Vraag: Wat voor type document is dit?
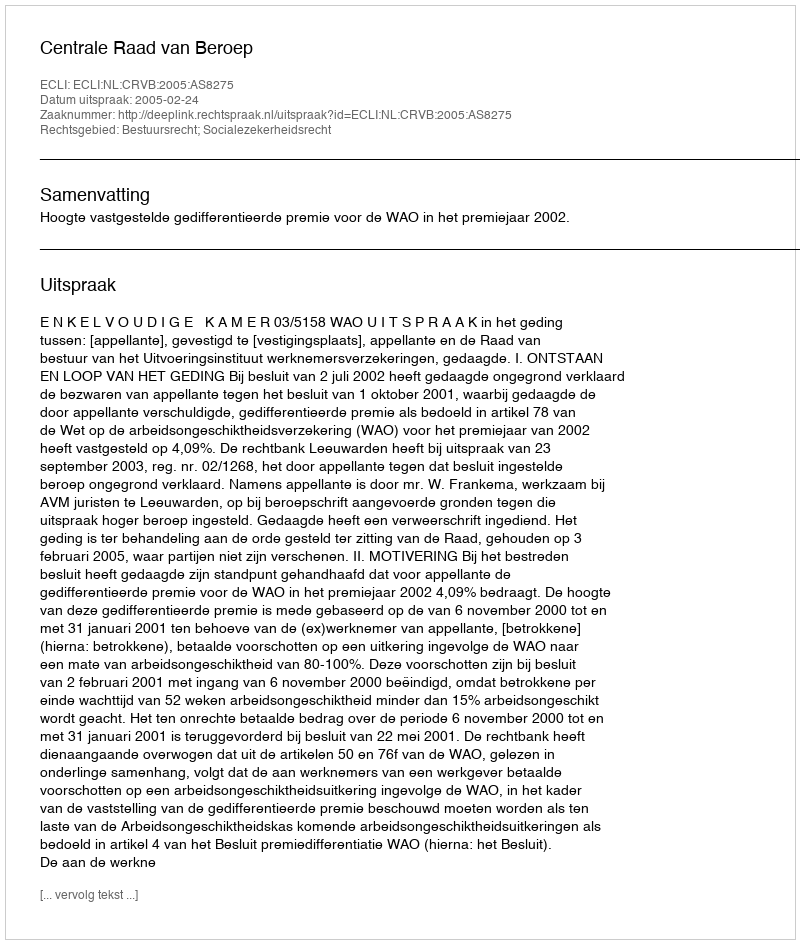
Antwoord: Uitspraak